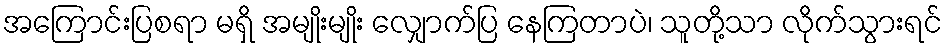
အကြောင်းပြစရာ မရှိ အမျိုးမျိုး လျှောက်ပြ နေကြတာပဲ၊ သူတို့သာ လိုက်သွားရင်